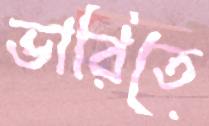
ভারিতে